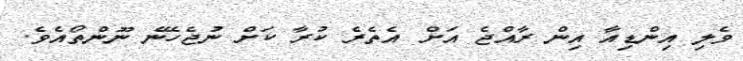
ވެލި އިންޑިއާ އިން ރާއްޖެ އަށް އެތެެރެ ކުރާ ކަށް ނުޖެހޭނެ ނޫންތޯއެވެ.